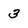
Character: 3